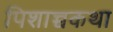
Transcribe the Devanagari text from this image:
पिशाच्चकथा